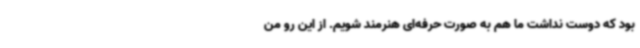
بود که دوست نداشت ما هم به صورت حرفه‌ای هنرمند شویم. از این رو من